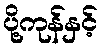
ပို့ကုန်နှင့်